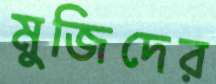
মুজিদের